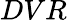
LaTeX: DVR